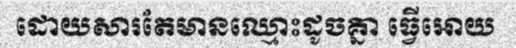
ដោយសារតែមានឈ្មោះដូចគ្នា ធ្វើអោយ